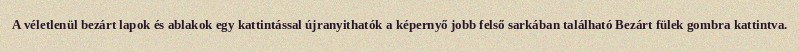
A véletlenül bezárt lapok és ablakok egy kattintással újranyithatók a képernyő jobb felső sarkában található Bezárt fülek gombra kattintva.